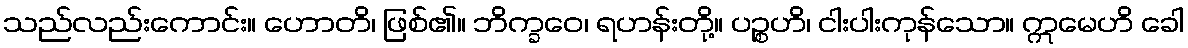
သည်လည်းကောင်း။ ဟောတိ၊ ဖြစ်၏။ ဘိက္ခဝေ၊ ရဟန်းတို့။ ပဉ္စဟိ၊ ငါးပါးကုန်သော။ ဣမေဟိ ခေါ